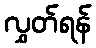
လွှတ်ရန်